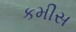
કમીસ